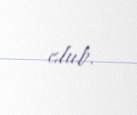
olub.